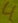
Text: 4